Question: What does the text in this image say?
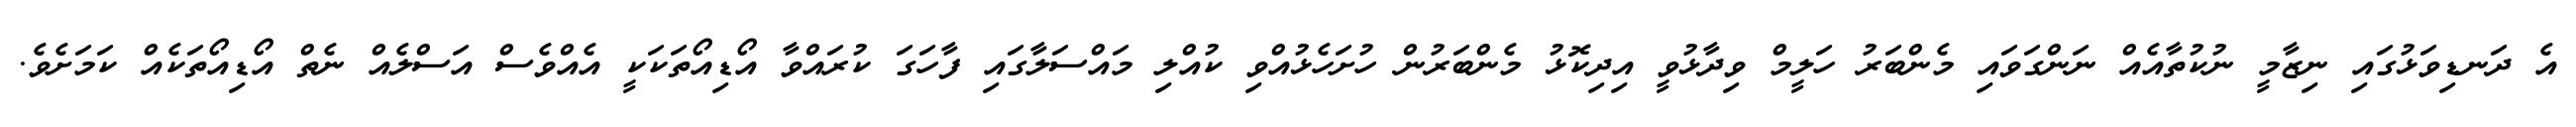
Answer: އެ ދަނޑިވަޅުގައި ނިޒާމީ ނުކުތާއެއް ނަންގަވައި މެންބަރު ހަލީމް ވިދާޅުވީ އިދިކޮޅު މެންބަރުން ހުށަހެޅުއްވި ކުއްލި މައްސަލާގައި ފާހަގަ ކުރައްވާ އޯޑިއޯތަކަކީ އެއްވެސް އަސްލެއް ނެތް އޯޑިއޯތަކެއް ކަމަށެވެ.